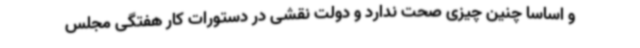
و اساسا چنین چیزی صحت ندارد و دولت نقشی در دستورات کار هفتگی مجلس